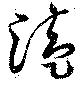
溘